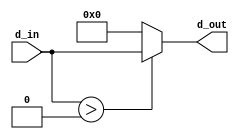
`timescale 1ns / 1ps
//////////////////////////////////////////////////////////////////////////////////
// Company: 
// Engineer: 
// 
// Design Name: 
// Module Name: ReLU
// Project Name: 
// Target Devices: 
// Tool Versions: 
// Description: 
// 
// Dependencies: 
// 
// Revision:
// Revision 0.01 - File Created
// Additional Comments:
// 
//////////////////////////////////////////////////////////////////////////////////


module ReLU(d_in, d_out);

parameter a = 10;
input signed [a-1:0] d_in;
output [a-1:0] d_out;

assign d_out = (d_in > 0) ? d_in : 0;
endmodule